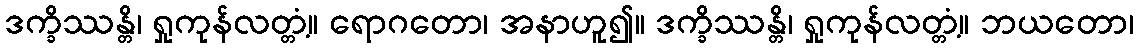
ဒက္ခိဿန္တိ၊ ရှုကုန်လတ္တံ့။ ရောဂတော၊ အနာဟူ၍။ ဒက္ခိဿန္တိ၊ ရှုကုန်လတ္တံ့။ ဘယတော၊